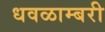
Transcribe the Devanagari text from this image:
धवळाम्बरी